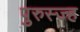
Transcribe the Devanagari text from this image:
पुरुस्ज्ह